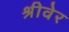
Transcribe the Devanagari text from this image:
श्रीवेर